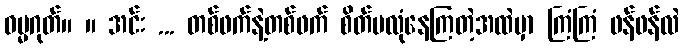
ဓမ္မဂုတ်။ ။ အင်း ... တစ်ဖက်နဲ့တစ်ဖက် စိတ်မလုံနေကြတဲ့အထဲမှာ ကြံကြံ ဖန်ဖန်လဲ